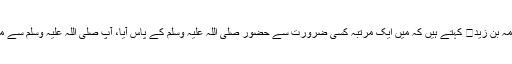
حضرت اسامہ بن زید کہتے ہیں کہ میں ایک مرتبہ کسی ضرورت سے حضور صلی اللہ علیہ وسلم کے پاس آیا، آپ صلی اللہ علیہ وسلم سے ملاقات ہوئی۔